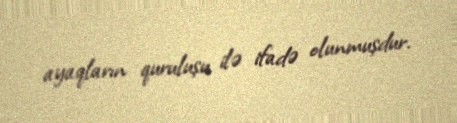
ayaqların quruluşu ilə ifadə olunmuşdur.